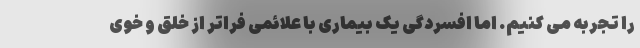
را تجربه می کنیم. اما افسردگی یک بیماری با علائمی فراتر از خلق و خوی